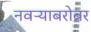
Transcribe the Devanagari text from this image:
नवऱ्याबरोबर